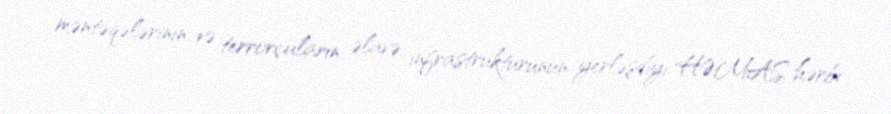
məntəqələrinin və terrorçuların əlavə infrastrukturunun yerləşdiyi HƏMAS hərbi